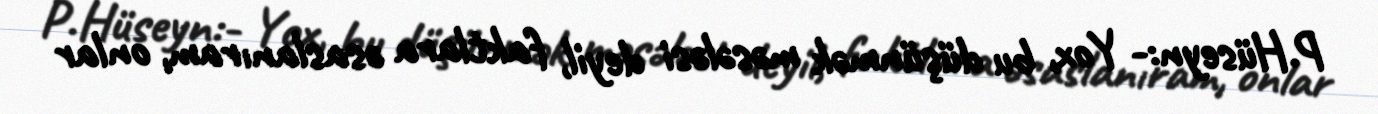
P.Hüseyn:- Yox, bu düşünmək məsələsi deyil, faktlara əsaslanıram, onlar